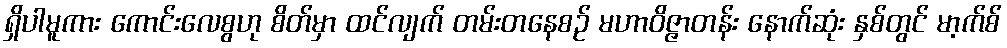
ရှိပါမူကား ကောင်းလေစွဟု စိတ်မှာ ထင်လျက် တမ်းတနေစဉ် မဟာဝိဇ္ဇာတန်း နောက်ဆုံး နှစ်တွင် မာ့က်စ်